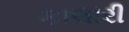
કાલારી